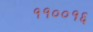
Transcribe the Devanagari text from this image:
११००१६